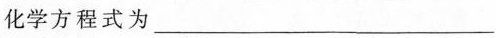
化学方程式为___